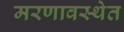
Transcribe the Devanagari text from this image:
मरणावस्थेत